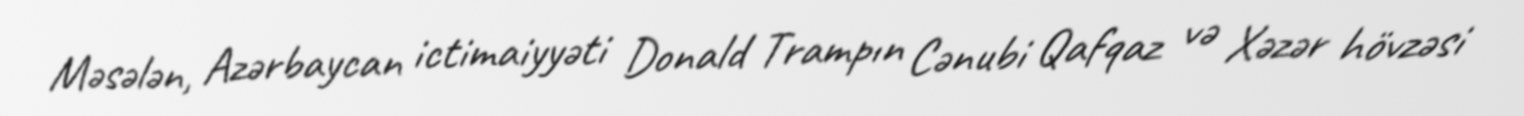
Məsələn, Azərbaycan ictimaiyyəti Donald Trampın Cənubi Qafqaz və Xəzər hövzəsi